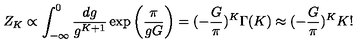
Z _ { K } \propto \int _ { - \infty } ^ { 0 } \frac { d g } { g ^ { K + 1 } } \exp \left( \frac { \pi } { g G } \right) = ( - \frac { G } { \pi } ) ^ { K } \Gamma ( K ) \approx ( - \frac { G } { \pi } ) ^ { K } K !